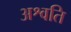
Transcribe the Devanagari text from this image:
अश्वति